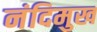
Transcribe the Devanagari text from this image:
नंदिमुख